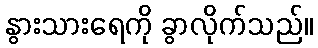
နွားသားရေကို ခွာလိုက်သည်။